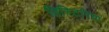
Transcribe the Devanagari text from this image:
हिस्टिरिया